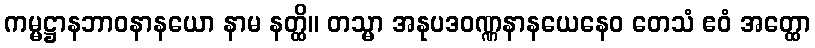
ကမ္မဋ္ဌာနဘာဝနာနယော နာမ နတ္ထိ။ တသ္မာ အနုပဒဝဏ္ဏနာနယေနေဝ တေသံ ဧဝံ အတ္ထော